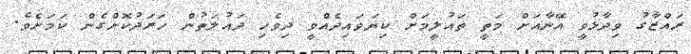
ރައްޒާގު ވިދާޅުވީ އޭނާއަށް މަތީ ތައުލީމަށް ކިޔަވައިދެއްވީ ދިވެހި ދައުލަތުން ހަރަދުކޮށްގެން ކަމަށެވެ.